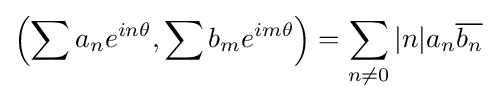
\left(\sum a_{n}e^{in\theta },\sum b_{m}e^{im\theta }\right)=\sum _{n\neq 0}|n|a_{n}{\overline {b_{n}}}